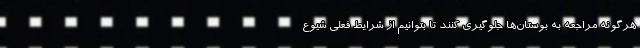
هرگونه مراجعه به بوستان‌ها جلوگیری کنند تا بتوانیم از شرایط فعلی شیوع